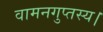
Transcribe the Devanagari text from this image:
वामनगुप्तस्य।